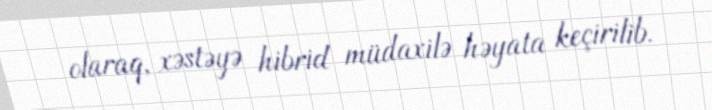
olaraq, xəstəyə hibrid müdaxilə həyata keçirilib.